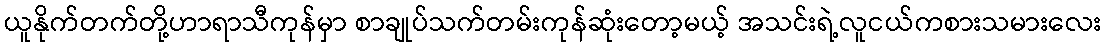
ယူနိုက်တက်တို့ဟာရာသီကုန်မှာ စာချုပ်သက်တမ်းကုန်ဆုံးတော့မယ့် အသင်းရဲ့လူငယ်ကစားသမားလေး